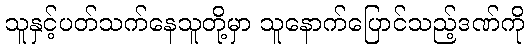
သူနှင့်ပတ်သက်နေသူတို့မှာ သူနောက်ပြောင်သည့်ဒဏ်ကို